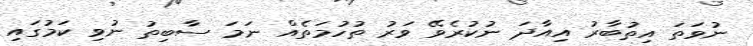
ނުވަތަ އިތުބާރު އިއާދަ ނުކުރެވޭ ވަރު ތުހުމަތެއް ނަމަ ސާބިތު ނުވި ކަމުގައި